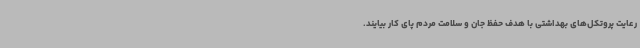
رعایت پروتکل‌های بهداشتی با هدف حفظ جان و سلامت مردم پای کار بیایند.